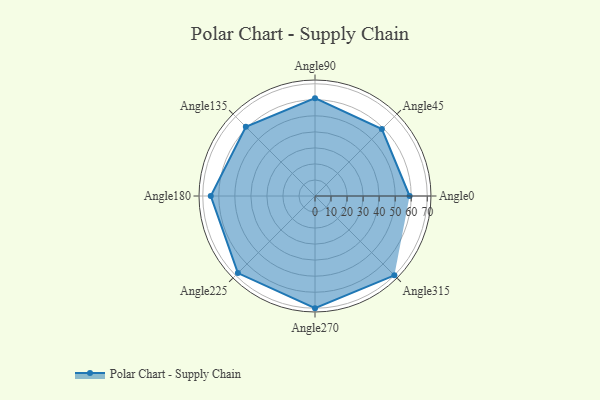
{"axis": {"x": "Angle", "y": "Radius"}, "legend": [""], "data": [{"x": "Angle0", "y": 59.0, "type": ""}, {"x": "Angle45", "y": 59.0, "type": ""}, {"x": "Angle90", "y": 61.0, "type": ""}, {"x": "Angle135", "y": 61.0, "type": ""}, {"x": "Angle180", "y": 65.0, "type": ""}, {"x": "Angle225", "y": 68.0, "type": ""}, {"x": "Angle270", "y": 70.0, "type": ""}, {"x": "Angle315", "y": 70.0, "type": ""}]}